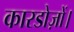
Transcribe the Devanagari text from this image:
कारडोज़ों।